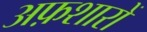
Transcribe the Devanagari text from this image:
अफ़शारों